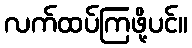
လက်ထပ်ကြဖို့ပင်။